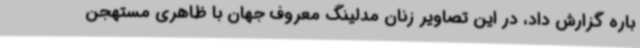
باره گزارش داد، در این تصاویر زنان مدلینگ معروف جهان با ظاهری مستهجن